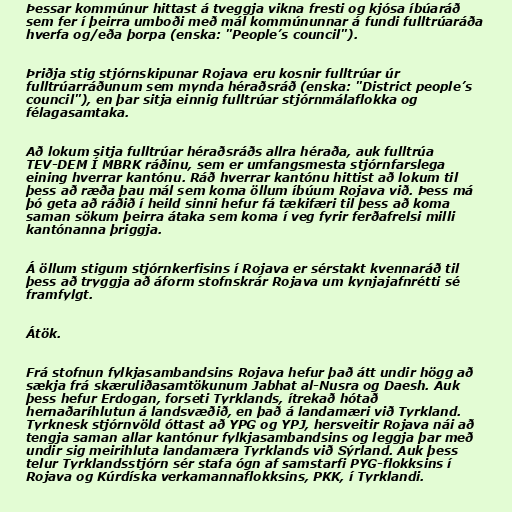
Þessar kommúnur hittast á tveggja vikna fresti og kjósa íbúaráð
sem fer í þeirra umboði með mál kommúnunnar á fundi fulltrúaráða
hverfa og/eða þorpa (enska: "People’s council").

Þriðja stig stjórnskipunar Rojava eru kosnir fulltrúar úr
fulltrúarráðunum sem mynda héraðsráð (enska: "District people’s
council"), en þar sitja einnig fulltrúar stjórnmálaflokka og
félagasamtaka.

Að lokum sitja fulltrúar héraðsráðs allra héraða, auk fulltrúa
TEV-DEM Í MBRK ráðinu, sem er umfangsmesta stjórnfarslega
eining hverrar kantónu. Ráð hverrar kantónu hittist að lokum til
þess að ræða þau mál sem koma öllum íbúum Rojava við. Þess má
þó geta að ráðið í heild sinni hefur fá tækifæri til þess að koma
saman sökum þeirra átaka sem koma í veg fyrir ferðafrelsi milli
kantónanna þriggja.

Á öllum stigum stjórnkerfisins í Rojava er sérstakt kvennaráð til
þess að tryggja að áform stofnskrár Rojava um kynjajafnrétti sé
framfylgt.

Átök.

Frá stofnun fylkjasambandsins Rojava hefur það átt undir högg að
sækja frá skæruliðasamtökunum Jabhat al-Nusra og Daesh. Auk
þess hefur Erdogan, forseti Tyrklands, ítrekað hótað
hernaðaríhlutun á landsvæðið, en það á landamæri við Tyrkland.
Tyrknesk stjórnvöld óttast að YPG og YPJ, hersveitir Rojava nái að
tengja saman allar kantónur fylkjasambandsins og leggja þar með
undir sig meirihluta landamæra Tyrklands við Sýrland. Auk þess
telur Tyrklandsstjórn sér stafa ógn af samstarfi PYG-flokksins í
Rojava og Kúrdíska verkamannaflokksins, PKK, í Tyrklandi.